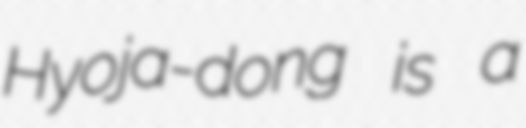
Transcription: Hyoja-dong is a